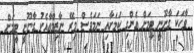
ވާހަކަ ގާނޫނީ ޓީމަށް އެންގި ކަމަށާއި ނަމަވެސް މިރޭ ނާޒިމްއާއެކު ގާނޫނީ ޓީމަށް